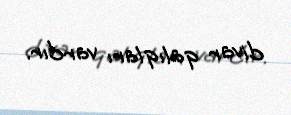
divar qalıqları vardır.